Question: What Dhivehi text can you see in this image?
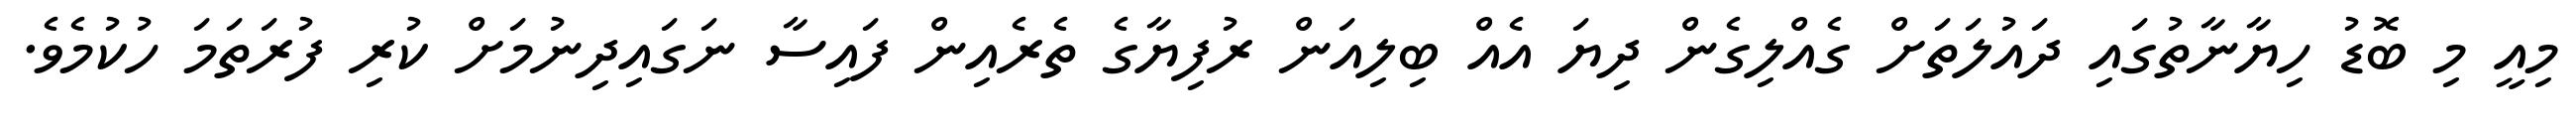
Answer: މިއީ މި ބޮޑު ހިޔާނާތުގައި ދައުލަތަށް ގެއްލިގެން ދިޔަ އެއް ބިލިއަން ރުފިޔާގެ ތެރެއިން ފައިސާ ނަގައިދިނުމަށް ކުރި ފުރަތަމަ ހުކުމެވެ.